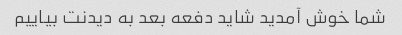
شما خوش آمدید شاید دفعه بعد به دیدنت بیاییم